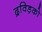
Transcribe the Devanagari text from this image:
द्रविड़को